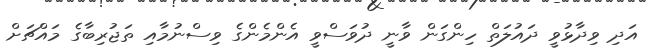
އަދި ވިދާޅުވީ ދައުލަތް ހިންގަން ވާނީ ދުވަސްވީ އެންމެންގެ ވިސްނުމާއި ތަޖުރިބާގެ މައްޗަށް